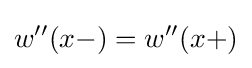
w''(x-)=w''(x+)